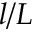
l / L